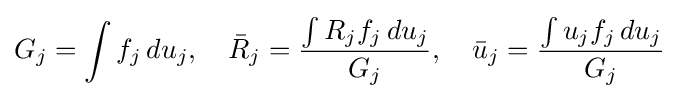
G_{j}=\int f_{j}\,du_{j},\quad {\bar {R}}_{j}={\frac {\int R_{j}f_{j}\,du_{j}}{G_{j}}},\quad {\bar {u}}_{j}={\frac {\int u_{j}f_{j}\,du_{j}}{G_{j}}}